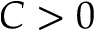
C > 0